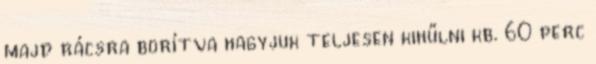
majd rácsra borítva hagyjuk teljesen kihűlni kb. 60 perc